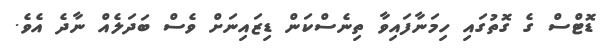
ޑޮޓްސް ގެ ގޮތުގައި ހިމަނާފައިވާ ތިނެސްކަން ޑިޒައިނަށް ވެސް ބަދަލެއް ނާދެ އެވެ.